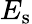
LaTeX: E_{\mathrm{s}}